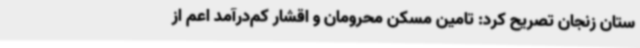
ستان زنجان تصریح کرد: تامین مسکن محرومان و اقشار کم‌درآمد اعم از